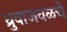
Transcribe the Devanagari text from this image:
ध्रुवाजवळचे